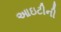
આઇટીની